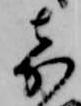
嘉